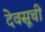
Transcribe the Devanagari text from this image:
देवसूची